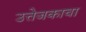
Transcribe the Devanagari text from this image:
उत्तेजकाचा